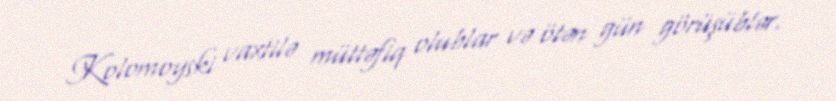
Kolomoyski vaxtilə müttəfiq olublar və ötən gün görüşüblər.